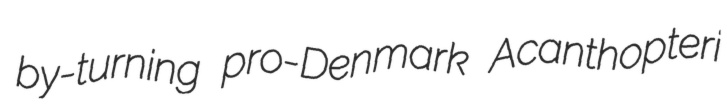
by-turning pro-Denmark Acanthopteri